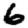
Digit: 6